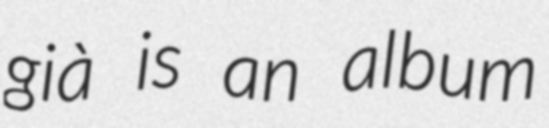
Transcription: già is an album